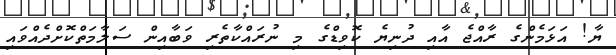
ޔާ! އަޅަމެންގެ ރާއްޖެ އާއި ދުނިޔެ ކޮވިޑްގެ މި ނުރައްކާތެރި ވަބާއިން ސަލާމަތްކޮށްދެއްވައި